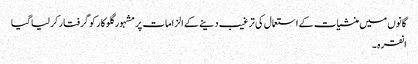
گانوں میں منشیات کے استعمال کی ترغیب دینے کے الزامات پر مشہور گلوکار کو گرفتار کر لیا گیا
انقرہ ۔